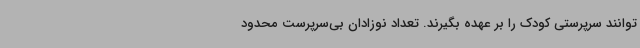
توانند سرپرستی کودک را بر عهده بگیرند. تعداد نوزادان بی‌سرپرست محدود